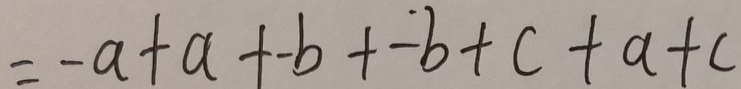
= - a + a + - b + - b + c + a + c